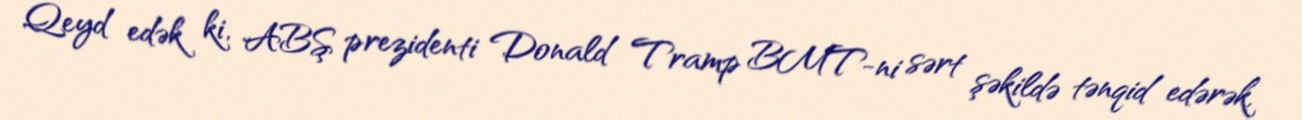
Qeyd edək ki, ABŞ prezidenti Donald Tramp BMT-ni sərt şəkildə tənqid edərək,